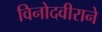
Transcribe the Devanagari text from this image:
विनोदवीराने